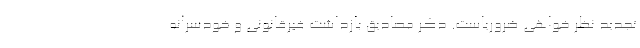
تجدید نظر خواهی ضروریاست. ذکر مصادیق بازداشت غیرقانونی و خودسرانه